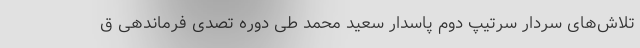
تلاش‌های سردار سرتیپ دوم پاسدار سعید محمد طی دوره تصدی فرماندهی ق